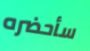
سأحضره